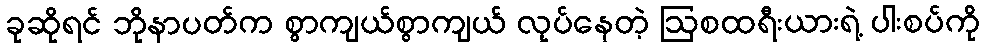
ခုဆိုရင် ဘိုနာပတ်က စွာကျယ်စွာကျယ် လုပ်နေတဲ့ ဩစထရီးယားရဲ့ ပါးစပ်ကို